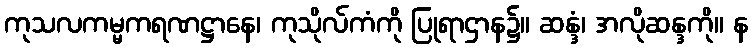
ကုသလကမ္မကရဏဋ္ဌာနေ၊ ကုသိုလ်ကံကို ပြုရာဌာန၌။ ဆန္ဒံ၊ အလိုဆန္ဒကို။ န